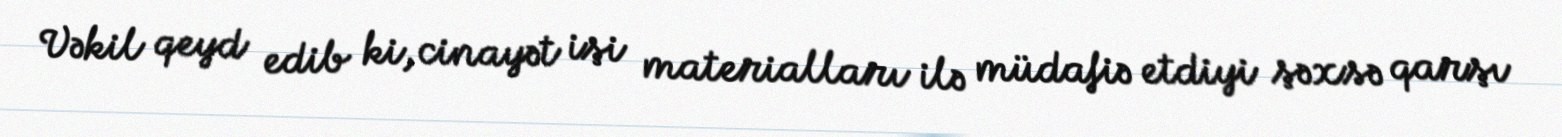
Vəkil qeyd edib ki, cinayət işi materialları ilə müdafiə etdiyi şəxsə qarşı